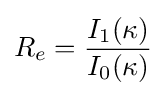
R_{e}={\frac {I_{1}(\kappa )}{I_{0}(\kappa )}}